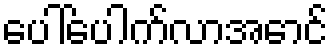
ပေါ်ပေါက်လာအောင်